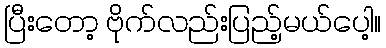
ပြီးတော့ ဗိုက်လည်းပြည့်မယ်ပေါ့။